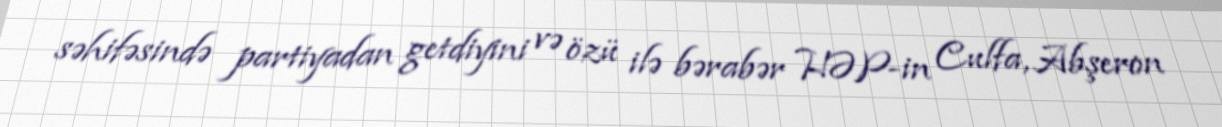
səhifəsində partiyadan getdiyini və özü ilə bərabər HƏP-in Culfa, Abşeron